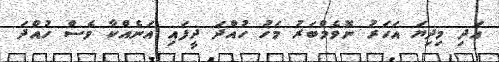
އަދި މިދިޔަ އަހަރު ނޮވެމްބަރު މަހު ހުއްދަ ދީފައި އަނެއްކާ ވެސް ހުއްދަ